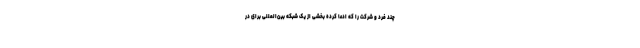
چند فرد و شرکت را که ادعا کرده بخشی از یک شبکه بین‌المللی برای در